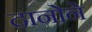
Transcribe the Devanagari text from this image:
दानोने